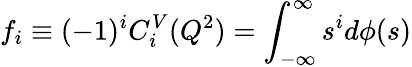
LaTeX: f_{i}\equiv(-1)^{i}C_{i}^{V}(Q^{2})=\int_{-\infty}^{\infty}s^{i}d\phi(s)